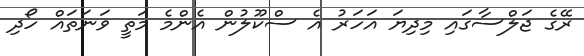
ރޭގެ ޖަލްސާގައި މިދިޔަ އަހަރު އެ ސްކޫލުން އެންމެ މަތީ ވަނަތައް ހޯދި